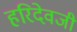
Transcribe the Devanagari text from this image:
हरिदेवजी